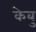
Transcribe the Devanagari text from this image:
केबु